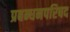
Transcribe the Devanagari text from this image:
प्रबन्धनपरिषद